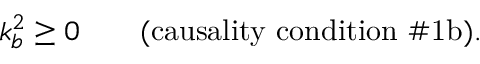
k _ { b } ^ { 2 } \ge 0 \qquad \mathrm { ( c a u s a l i t y ~ c o n d i t i o n ~ \# 1 b ) . }